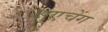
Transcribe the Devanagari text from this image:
क्षुएचेंग